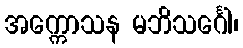
အက္ကောသန မဘိသင်္ဂေါ၊